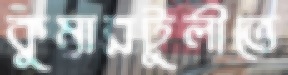
কুমারটুলীতে